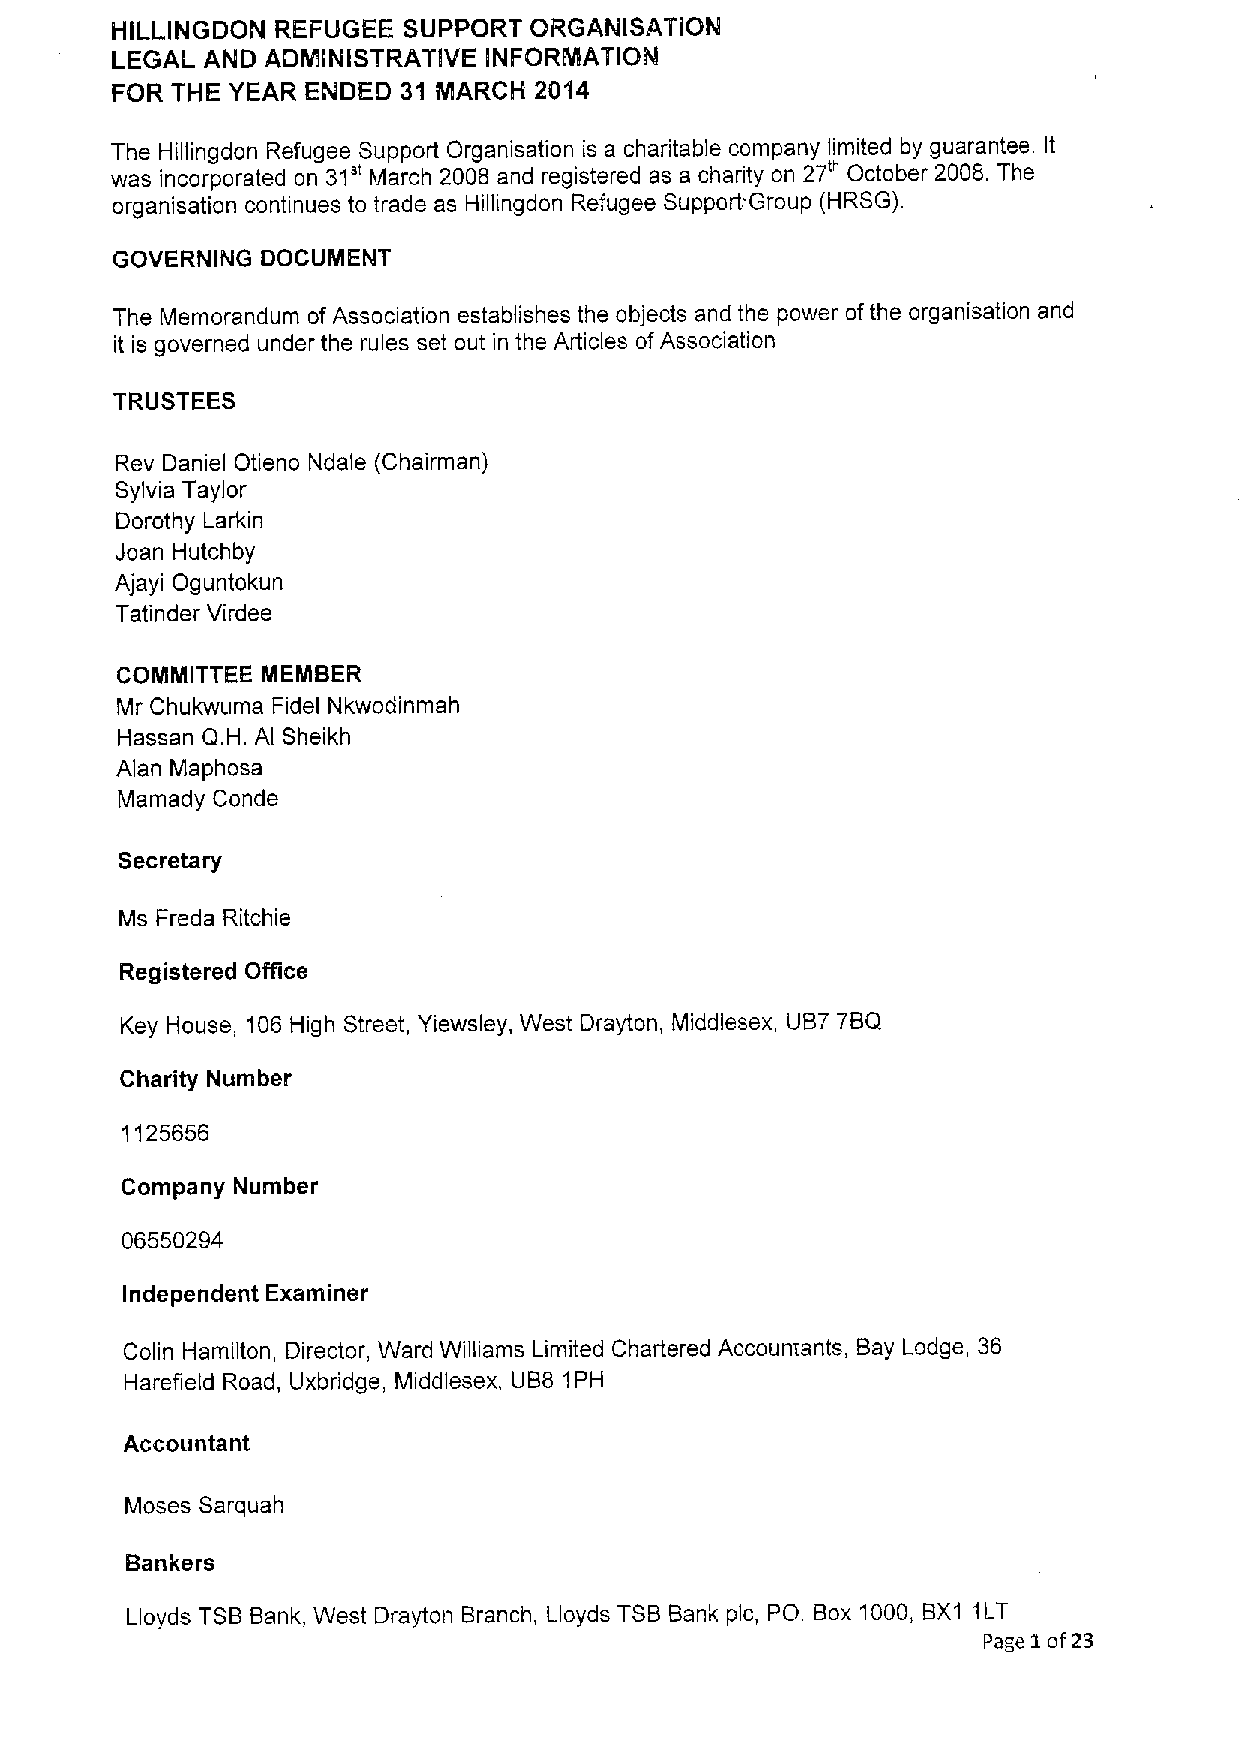
HILLINGDON REFUGEE  SUPPORT ORGANISATION
 LEGAL  AND ADMINISTRATIVE INFORMATION
 FOR THE YEAR ENDED  31 MARCH 2014
 The Hillingdon Refugee Support Organisation is a charitable company limited by guarantee. It
 was incorporated on 31" March 2008 and registered as a charity on 27'" October 2008. The
 organisation continues to trade as Hillingdon Refugee Support Group (HRSG).
 GOVERNING DOCUMENT
 The Memorandum ofAssociation establishes the objects and the power ofthe organisation and
 it is governed under the rules set out in the Articles ofAssociation
 TRUSTEES
 Rev Daniel Otieno Ndale (Chairman)
 Sylvia Taylor
 Dorothy Larkin
 Joan Hutchby
 Ajayi Oguntokun
 Tatinder Virdee
 COMMITTEE MEMBER
 Mr Chukwuma Fidel Nkwodinmah
 Hassan Q.H. Al Sheikh
 Alan Maphosa
 Mamady Conde
 Secretary
 Ms Freda Ritchie
 Registered Office
 Key House, 106 High Street, Yiewsley, West Drayton, Middlesex, UB7 7BQ
 Charity Number
 1125656
 Company Number
 06550294
 Independent Examiner
 Colin Hamilton, Director, Ward Williams Limited Chartered Accountants, Bay Lodge, 36
 Harefield Road, Uxbridge, Middlesex, UB8 1PH
 Accountant
 Moses Sarquah
 Bankers
 Lloyds TSBBank, West Drayton Branch, Lloyds TSBBank pic, PO. Box 1000, BX1 1LT
 Page 1of23